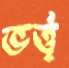
ভর্ত্তৃ